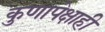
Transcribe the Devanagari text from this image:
कुणापेक्षाही